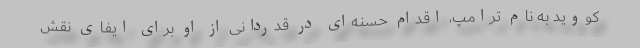
کووید به نام ترامپ، اقدام حسنه‌ای در قدردانی از او برای ایفای نقش